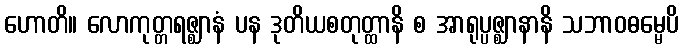
ဟောတိ။ လောကုတ္တရဇ္ဈာနံ ပန ဒုတိယစတုတ္ထာနိ စ အာရုပ္ပဇ္ဈာနာနိ သဘာဝဓမ္မေပိ